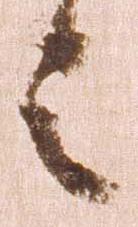
令